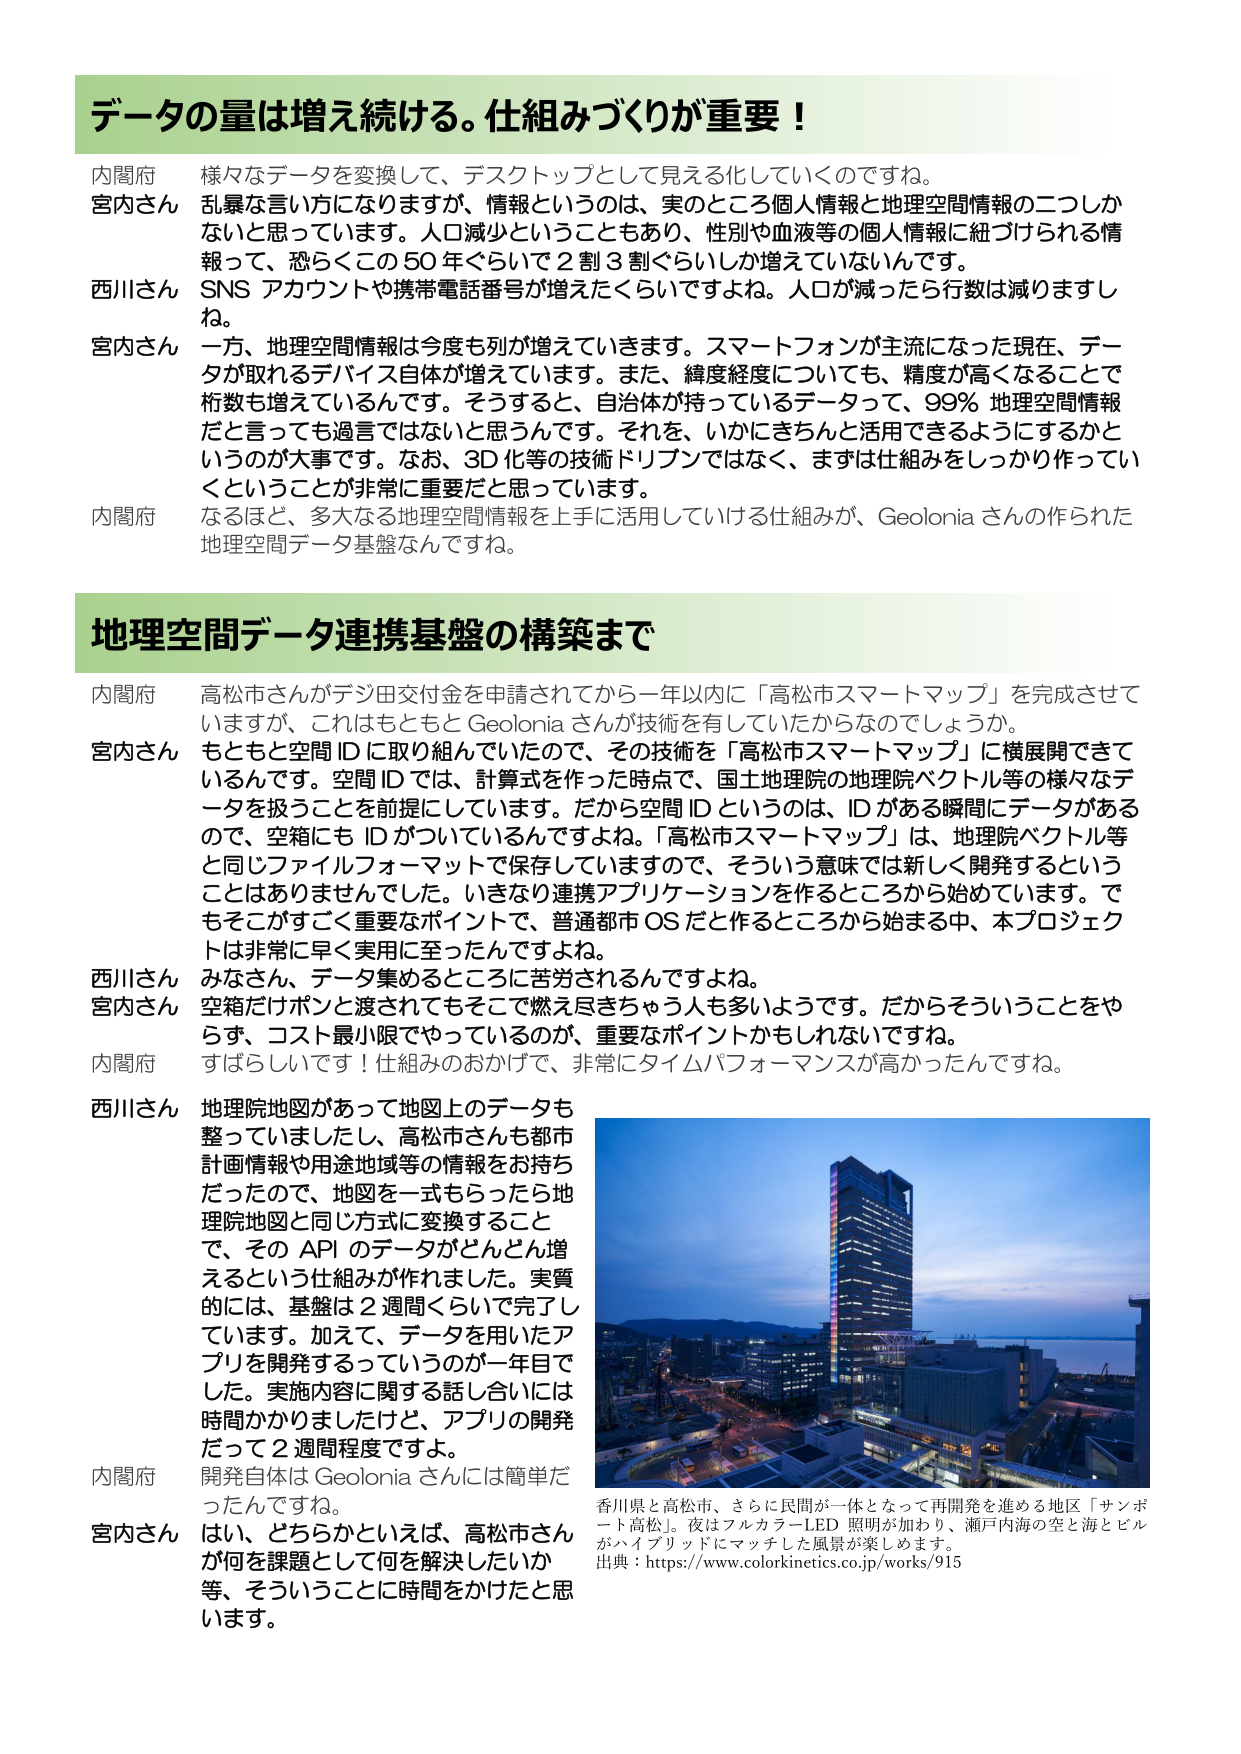
データの量は増え続ける。仕組みづくりが重要！

内閣府 様々なデータを変換して、デスクトップとして見える化していくのですね。
宮内さん 乱暴な言い方になりますが、情報というのは、実のところ個人情報と地理空間情報の二つしかないと思っています。人口減少ということもあり、性別や血液等の個人情報に紐づけられる情報って、恐らくこの50年ぐらいで2割3割ぐらいしか増えていないんです。
西川さん SNSアカウントや携帯電話番号が増えたくらいですよね。人口が減ったら行数は減りますしね。
宮内さん 一方、地理空間情報は今度も列が増えていきます。スマートフォンが主流になった現在、データが取れるデバイス自体が増えています。また、緯度経度についても、精度が高くなることで桁数も増えているんです。そうすると、自治体が持っているデータって、99％地理空間情報だと言っても過言ではないと思うんです。それを、いかにきちんと活用できるようにするかというのが大事です。なお、3D化等の技術ドリブンではなく、まずは仕組みをしっかり作っていくということが非常に重要だと思っています。
内閣府 なるほど、多大なる地理空間情報を上手に活用していける仕組みが、Geoloniaさんの作られた地理空間データ基盤なんですね。

地理空間データ連携基盤の構築まで

内閣府 高松市さんがデジ田交付金を申請されてから一年以内に「高松市スマートマップ」を完成させていますが、これはもともとGeoloniaさんが技術を有していたからなのでしょうか。
宮内さん もともと空間IDに取り組んでいたので、その技術を「高松市スマートマップ」に横展開できているんです。空間IDでは、計算式を作った時点で、国土地理院の地理院ベクトル等の様々なデータを扱うことを前提にしています。だから空間IDというのは、IDがある瞬間にデータがあるので、空箱にもIDがついているんですよね。「高松市スマートマップ」は、地理院ベクトル等と同じファイルフォーマットで保存していますので、そういう意味では新しく開発するということはありませんでした。いきなり連携アプリケーションを作るところから始めています。でもそこがすごく重要なポイントで、普通都市OSだと作るところから始まる中、本プロジェクトは非常に早く実用に至ったんですよね。
西川さん みなさん、データ集めるところに苦労されるんですよね。
宮内さん 空箱だけポンと渡されてもそこで燃え尽きちゃう人も多いようです。だからそういうことをやらず、コスト最小限でやっているのが、重要なポイントかもしれないですね。
内閣府 すばらしいです！仕組みのおかげで、非常にタイムパフォーマンスが高かったんですね。
西川さん 地理院地図があって地図上のデータも整っていましたし、高松市さんも都市計画情報や用途地域等の情報をお持ちだったので、地図を一式もらったら地理院地図と同じ方式に変換することで、そのAPIのデータがどんどん増えるという仕組みが作れました。実質的には、基盤は2週間ぐらいで完了しています。加えて、データを用いたアプリを開発するっていうのが一年目でした。実施内容に関する話し合いには時間かかりましたが、アプリの開発だって2週間程度ですよ。
内閣府 開発自体はGeoloniaさんには簡単だったんですね。
宮内さん はい、どちらかといえば、高松市さんが何を課題として何を解決したいか等、そういうことに時間をかけたと思います。

香川県と高松市、さらに民間が一体となって再開発を進める地区「サンポート高松」。夜はフルカラーLED照明が加わり、瀬戸内海の空と海とビルがハイブリッドにマッチした風景が楽しめます。
出典：https://www.colorkinetics.co.jp/works/915